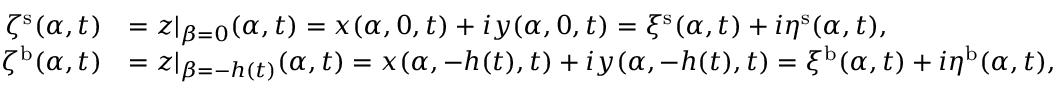
\begin{array} { r l } { \zeta ^ { \mathrm { s } } ( \alpha , t ) } & { = z | _ { \beta = 0 } ( \alpha , t ) = x ( \alpha , 0 , t ) + i y ( \alpha , 0 , t ) = \xi ^ { \mathrm { s } } ( \alpha , t ) + i \eta ^ { \mathrm { s } } ( \alpha , t ) , } \\ { \zeta ^ { \mathrm { b } } ( \alpha , t ) } & { = z | _ { \beta = - h ( t ) } ( \alpha , t ) = x ( \alpha , - h ( t ) , t ) + i y ( \alpha , - h ( t ) , t ) = \xi ^ { \mathrm { b } } ( \alpha , t ) + i \eta ^ { \mathrm { b } } ( \alpha , t ) , } \end{array}